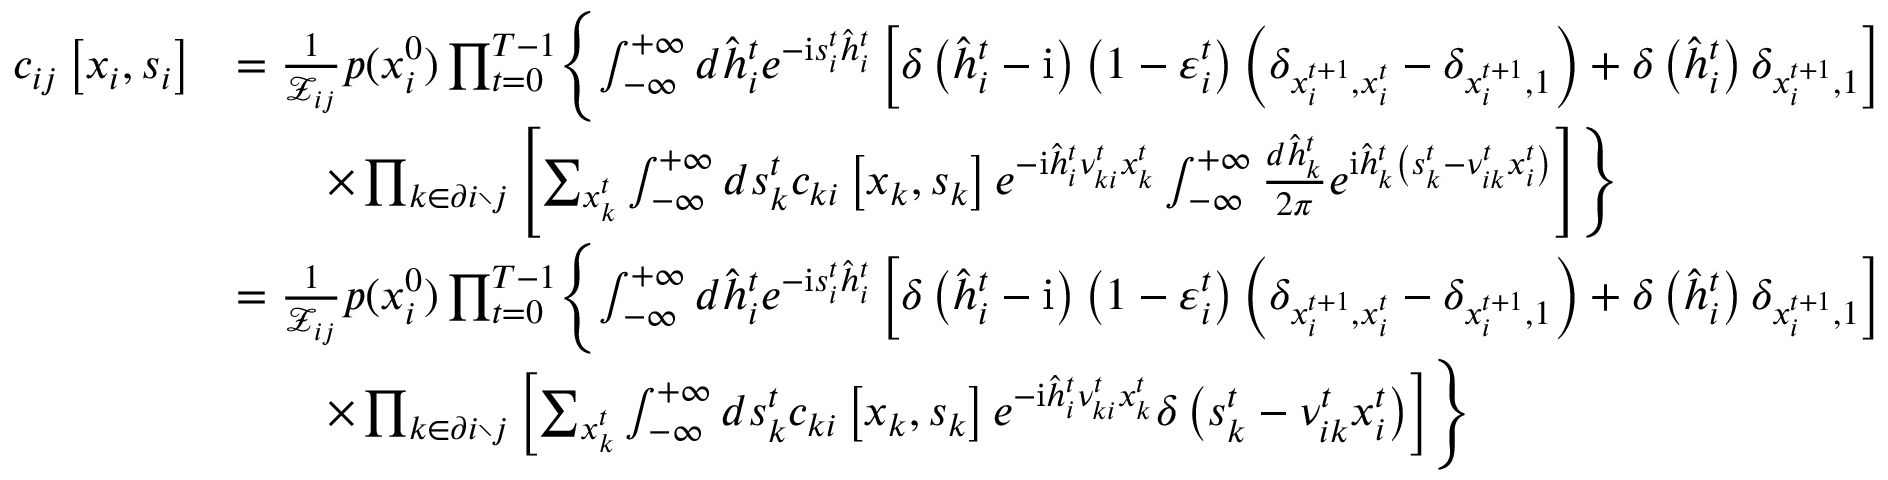
\begin{array} { r l } { c _ { i j } \left[ \boldsymbol { x } _ { i } , \boldsymbol { s } _ { i } \right] } & { = \frac { 1 } { \mathcal { Z } _ { i j } } p ( x _ { i } ^ { 0 } ) \prod _ { t = 0 } ^ { T - 1 } \Biggl \{ \int _ { - \infty } ^ { + \infty } d \hat { h } _ { i } ^ { t } e ^ { - \mathrm { i } s _ { i } ^ { t } \hat { h } _ { i } ^ { t } } \left[ \delta \left( \hat { h } _ { i } ^ { t } - \mathrm { i } \right) \left( 1 - \varepsilon _ { i } ^ { t } \right) \left( \delta _ { x _ { i } ^ { t + 1 } , x _ { i } ^ { t } } - \delta _ { x _ { i } ^ { t + 1 } , 1 } \right) + \delta \left( \hat { h } _ { i } ^ { t } \right) \delta _ { x _ { i } ^ { t + 1 } , 1 } \right] } \\ & { \qquad \times \prod _ { k \in \partial i \setminus j } \left[ \sum _ { x _ { k } ^ { t } } \int _ { - \infty } ^ { + \infty } d s _ { k } ^ { t } c _ { k i } \left[ \boldsymbol { x } _ { k } , \boldsymbol { s } _ { k } \right] e ^ { - \mathrm { i } \hat { h } _ { i } ^ { t } \nu _ { k i } ^ { t } x _ { k } ^ { t } } \int _ { - \infty } ^ { + \infty } \frac { d \hat { h } _ { k } ^ { t } } { 2 \pi } e ^ { \mathrm { i } \hat { h } _ { k } ^ { t } \left( s _ { k } ^ { t } - \nu _ { i k } ^ { t } x _ { i } ^ { t } \right) } \right] \Biggr \} } \\ & { = \frac { 1 } { \mathcal { Z } _ { i j } } p ( x _ { i } ^ { 0 } ) \prod _ { t = 0 } ^ { T - 1 } \Biggl \{ \int _ { - \infty } ^ { + \infty } d \hat { h } _ { i } ^ { t } e ^ { - \mathrm { i } s _ { i } ^ { t } \hat { h } _ { i } ^ { t } } \left[ \delta \left( \hat { h } _ { i } ^ { t } - \mathrm { i } \right) \left( 1 - \varepsilon _ { i } ^ { t } \right) \left( \delta _ { x _ { i } ^ { t + 1 } , x _ { i } ^ { t } } - \delta _ { x _ { i } ^ { t + 1 } , 1 } \right) + \delta \left( \hat { h } _ { i } ^ { t } \right) \delta _ { x _ { i } ^ { t + 1 } , 1 } \right] } \\ & { \qquad \times \prod _ { k \in \partial i \setminus j } \left[ \sum _ { x _ { k } ^ { t } } \int _ { - \infty } ^ { + \infty } d s _ { k } ^ { t } c _ { k i } \left[ \boldsymbol { x } _ { k } , \boldsymbol { s } _ { k } \right] e ^ { - \mathrm { i } \hat { h } _ { i } ^ { t } \nu _ { k i } ^ { t } x _ { k } ^ { t } } \delta \left( s _ { k } ^ { t } - \nu _ { i k } ^ { t } x _ { i } ^ { t } \right) \right] \Biggr \} } \end{array}